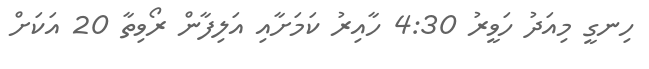
ހިނގީ މިއަދު ހަވީރު 4:30 ހާއިރު ކަމަށާއި އަލިފާން ރޯވިތާ 20 އަކަށް